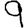
Digit: 9